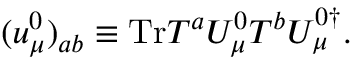
( u _ { \mu } ^ { 0 } ) _ { { a b } } \equiv \mathrm { T r } T ^ { a } U _ { \mu } ^ { 0 } T ^ { b } U _ { \mu } ^ { 0 \dagger } .